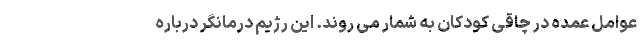
عوامل عمده در چاقی کودکان به شمار می روند. این رژیم درمانگر درباره